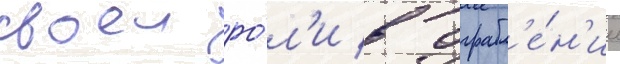
своеи ро́л'и в ограбл'е́н'ии